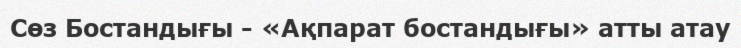
Сөз Бостандығы - «Ақпарат бостандығы» атты атау